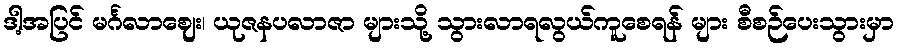
ဒါ့အပြင် မင်္ဂလာဈေး၊ ယုဇနပလာဇာ များသို့ သွားလာရလွယ်ကူစေရန် များ စီစဉ်ပေးသွားမှာ